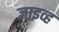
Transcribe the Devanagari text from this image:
जाइव्ह